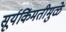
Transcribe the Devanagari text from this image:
सूर्यकिंमतीमुळे